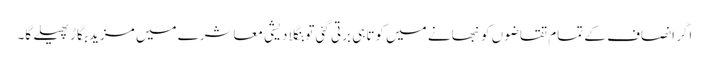
اگر انصاف کے تمام تقاضوں کو نبھانے میں کوتاہی برتی گئی تو بنگلا دیشی معاشرے میں مزید بگاڑ پھیلے گا۔